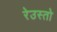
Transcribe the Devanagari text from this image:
रेउस्तो